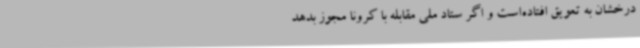
درخشان به تعویق افتاده‌است و اگر ستاد ملی مقابله با کرونا مجوز بدهد